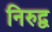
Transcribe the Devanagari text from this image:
निरुद्व